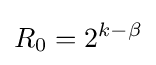
R_{0}=2^{k-\beta }